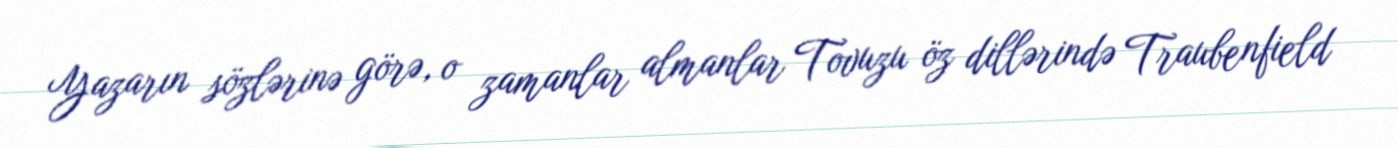
Yazarın sözlərinə görə, o zamanlar almanlar Tovuzu öz dillərində Traubenfield